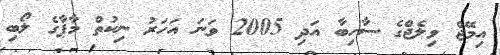
އިމޭޖް ވިލެޖްގެ ސާހިބާ އަދި 2005 ވަނަ އަހަރު ނިކުތް މާޕާގެ ލޯބި